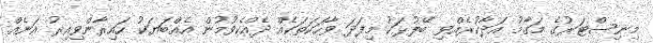
މިނިސްޓަރުގެ މަގާމު އަދާކުރެއްވި ބޭފުޅަކު މިފަދަ ވާހަކަތަކެއް ދެއްކެވުމުން އެއްބަޔަކު ހައިރާންވިއިރު އަނެއް